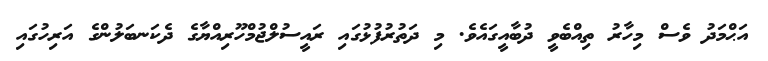
އަޙްމަދު ވެސް މިހާރު ތިއްބެވީ ދުބާއީގައެވެ. މި ދަތުރުފުޅުގައި ރައީސުލްޖުމްހޫރިއްޔާގެ ދެކަނބަލުންގެ އަރިހުގައި